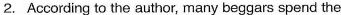
2.According to the author,many beggars spend the